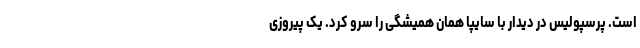
است. پرسپولیس در دیدار با سایپا همان همیشگی را سرو کرد. یک پیروزی